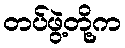
တပ်ဖွဲ့တို့က